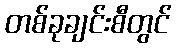
တစ်ခုချင်းစီတွင်